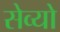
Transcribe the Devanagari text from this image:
सेव्यो